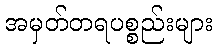
အမှတ်တရပစ္စည်းများ